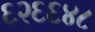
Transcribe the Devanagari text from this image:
६२६६४८